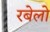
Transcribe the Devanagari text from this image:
रबेलो